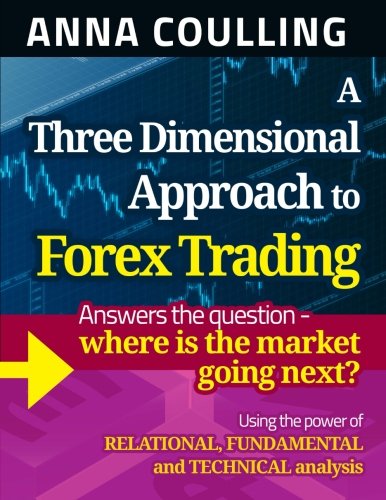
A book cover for A Three Dimensional Approach To Forex Trading; Anna Coulling; Business & Money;